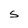
Character: S